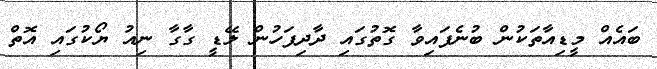
ބައެއް މީޑިއާތަކުން ބުނެފައިވާ ގޮތުގައި ދާދިފަހުން ލޭޑީ ގާގާ ނިއު ޔޯކުގައި އޮތް